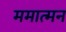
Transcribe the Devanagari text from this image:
ममात्मन